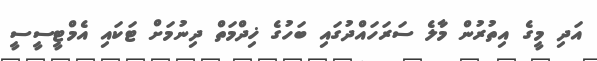
އަދި މީގެ އިތުރުން މާލެ ސަރަހައްދުގައި ބަހުގެ ޚިދްމަތް ދިނުމަށް ޓަކައި އެމްޓީސީސީ